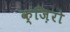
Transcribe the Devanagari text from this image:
क्ज़िरो